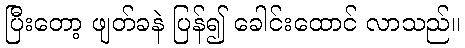
ပြီးတော့ ဖျတ်ခနဲ ပြန်၍ ခေါင်းထောင် လာသည်။